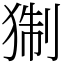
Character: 猘